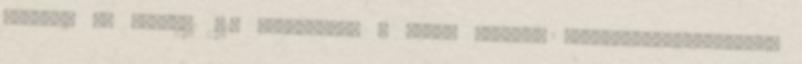
Vettel. A. Forma-1 F1: Vizsgálják a Force Indiát, rajtbüntetés.Beidézte